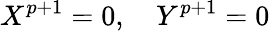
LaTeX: X^{p+1}=0,\quad Y^{p+1}=0